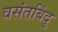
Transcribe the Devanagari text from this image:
वसंतबिंदु